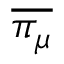
\overline { { \pi _ { \mu } } }